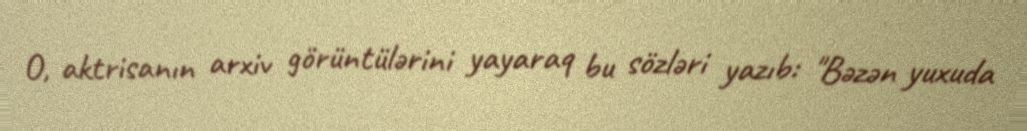
O, aktrisanın arxiv görüntülərini yayaraq bu sözləri yazıb: "Bəzən yuxuda